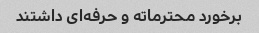
برخورد محترماته و حرفه‌ای داشتند